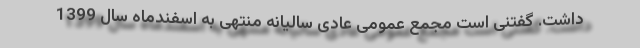
داشت. گفتنی است مجمع عمومی عادی سالیانه منتهی به اسفندماه سال 1399